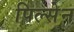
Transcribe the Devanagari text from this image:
पिल्सेन